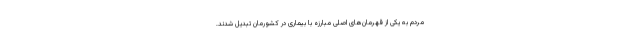
مردم به یکی از قهرمان‌های اصلی مبارزه با بیماری در کشورمان تبدیل شدند.